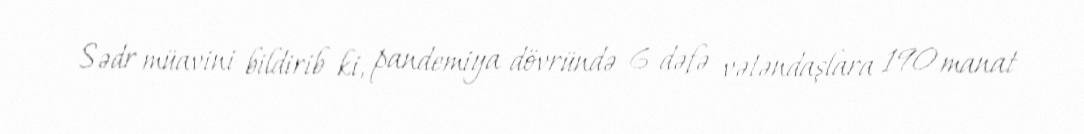
Sədr müavini bildirib ki, pandemiya dövründə 6 dəfə vətəndaşlara 190 manat